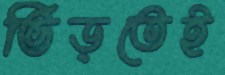
ভিড়তেই